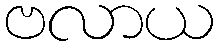
ဗလာယ